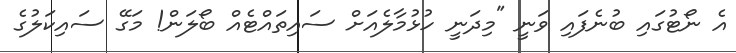
އެ ނޯޓުގައި ބުނެފައި ވަނީ "މިދަނީ ހުޅުމާލެއަށް ސައިތައްޓެއް ބޯލަން! މަގޭ ސައިކަލުގެ